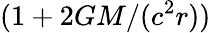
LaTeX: (1+2GM/(c^{2}r))